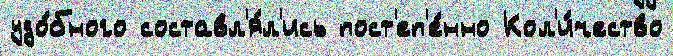
удо́бного составл'я́л'ись пост'еп'е́нно Кол'и́чество